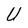
Character: U